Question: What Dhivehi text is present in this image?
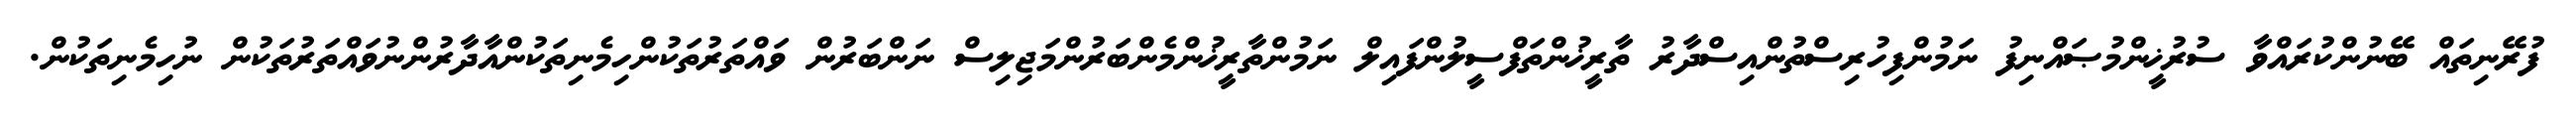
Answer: ފުރޭނިތައް ބޭނުންކުރައްވާ ސުރުޚީންމުޞައްނިފު ނަމުންފިހުރިސްތުންއިސްދާރު ތާރީޚުންތަފްސީލުންފައިލް ނަމުންތާރީޚުންމެންބަރުންމަޖިލިސް ނަންބަރުން ވައްތަރުތަކުންހިމެނިތަކުންއާދާރުންނުވައްތަރުތަކުން ނުހިމެނިތަކުން.